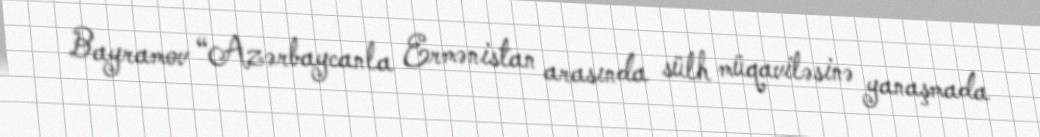
Bayramov “Azərbaycanla Ermənistan arasında sülh müqaviləsinə yanaşmada